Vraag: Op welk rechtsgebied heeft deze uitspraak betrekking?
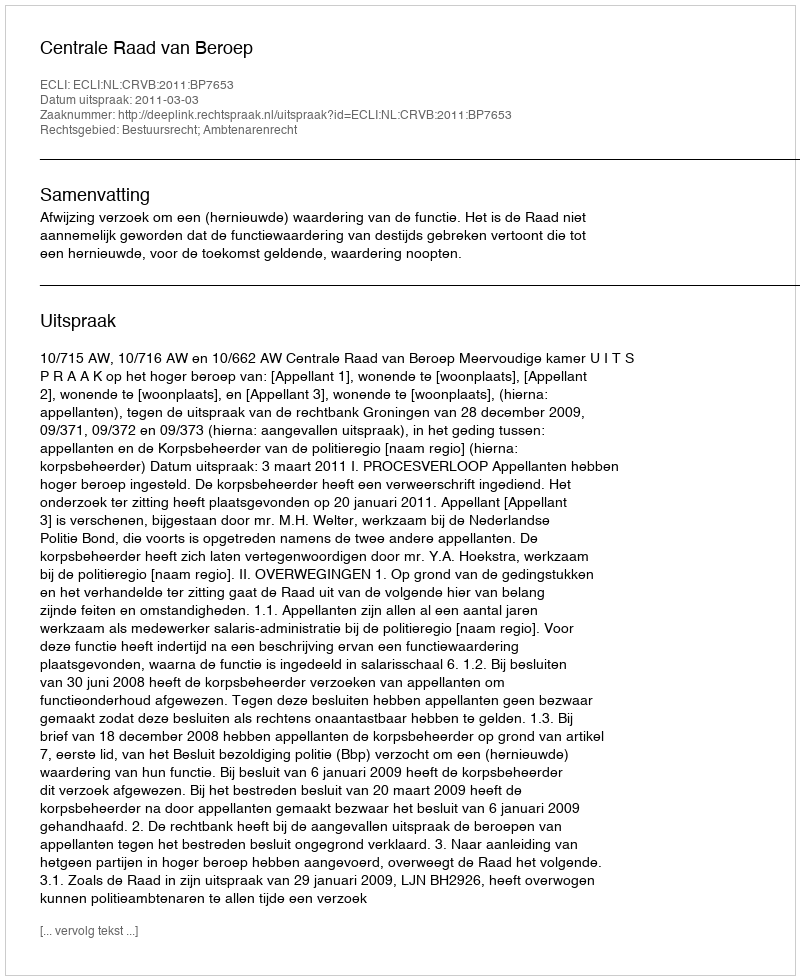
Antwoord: Bestuursrecht; Ambtenarenrecht